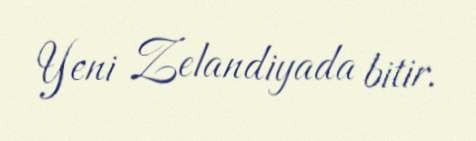
Yeni Zelandiyada bitir.